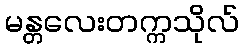
မန္တလေးတက္ကသိုလ်